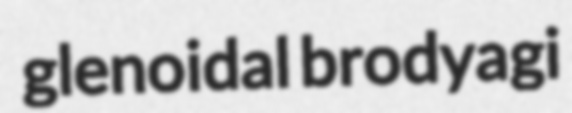
glenoidal brodyagi